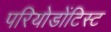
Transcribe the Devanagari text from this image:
परियोडोंटिस्ट